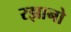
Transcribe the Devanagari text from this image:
रझानो